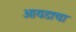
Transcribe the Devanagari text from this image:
आयडाचा